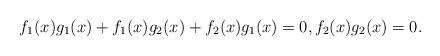
LaTeX: \begin{align*} f_{1}(x)g_{1}(x)+f_{1}(x)g_{2}(x)+f_{2}(x)g_{1}(x) = 0, f_{2}(x)g_{2}(x) = 0.\end{align*}